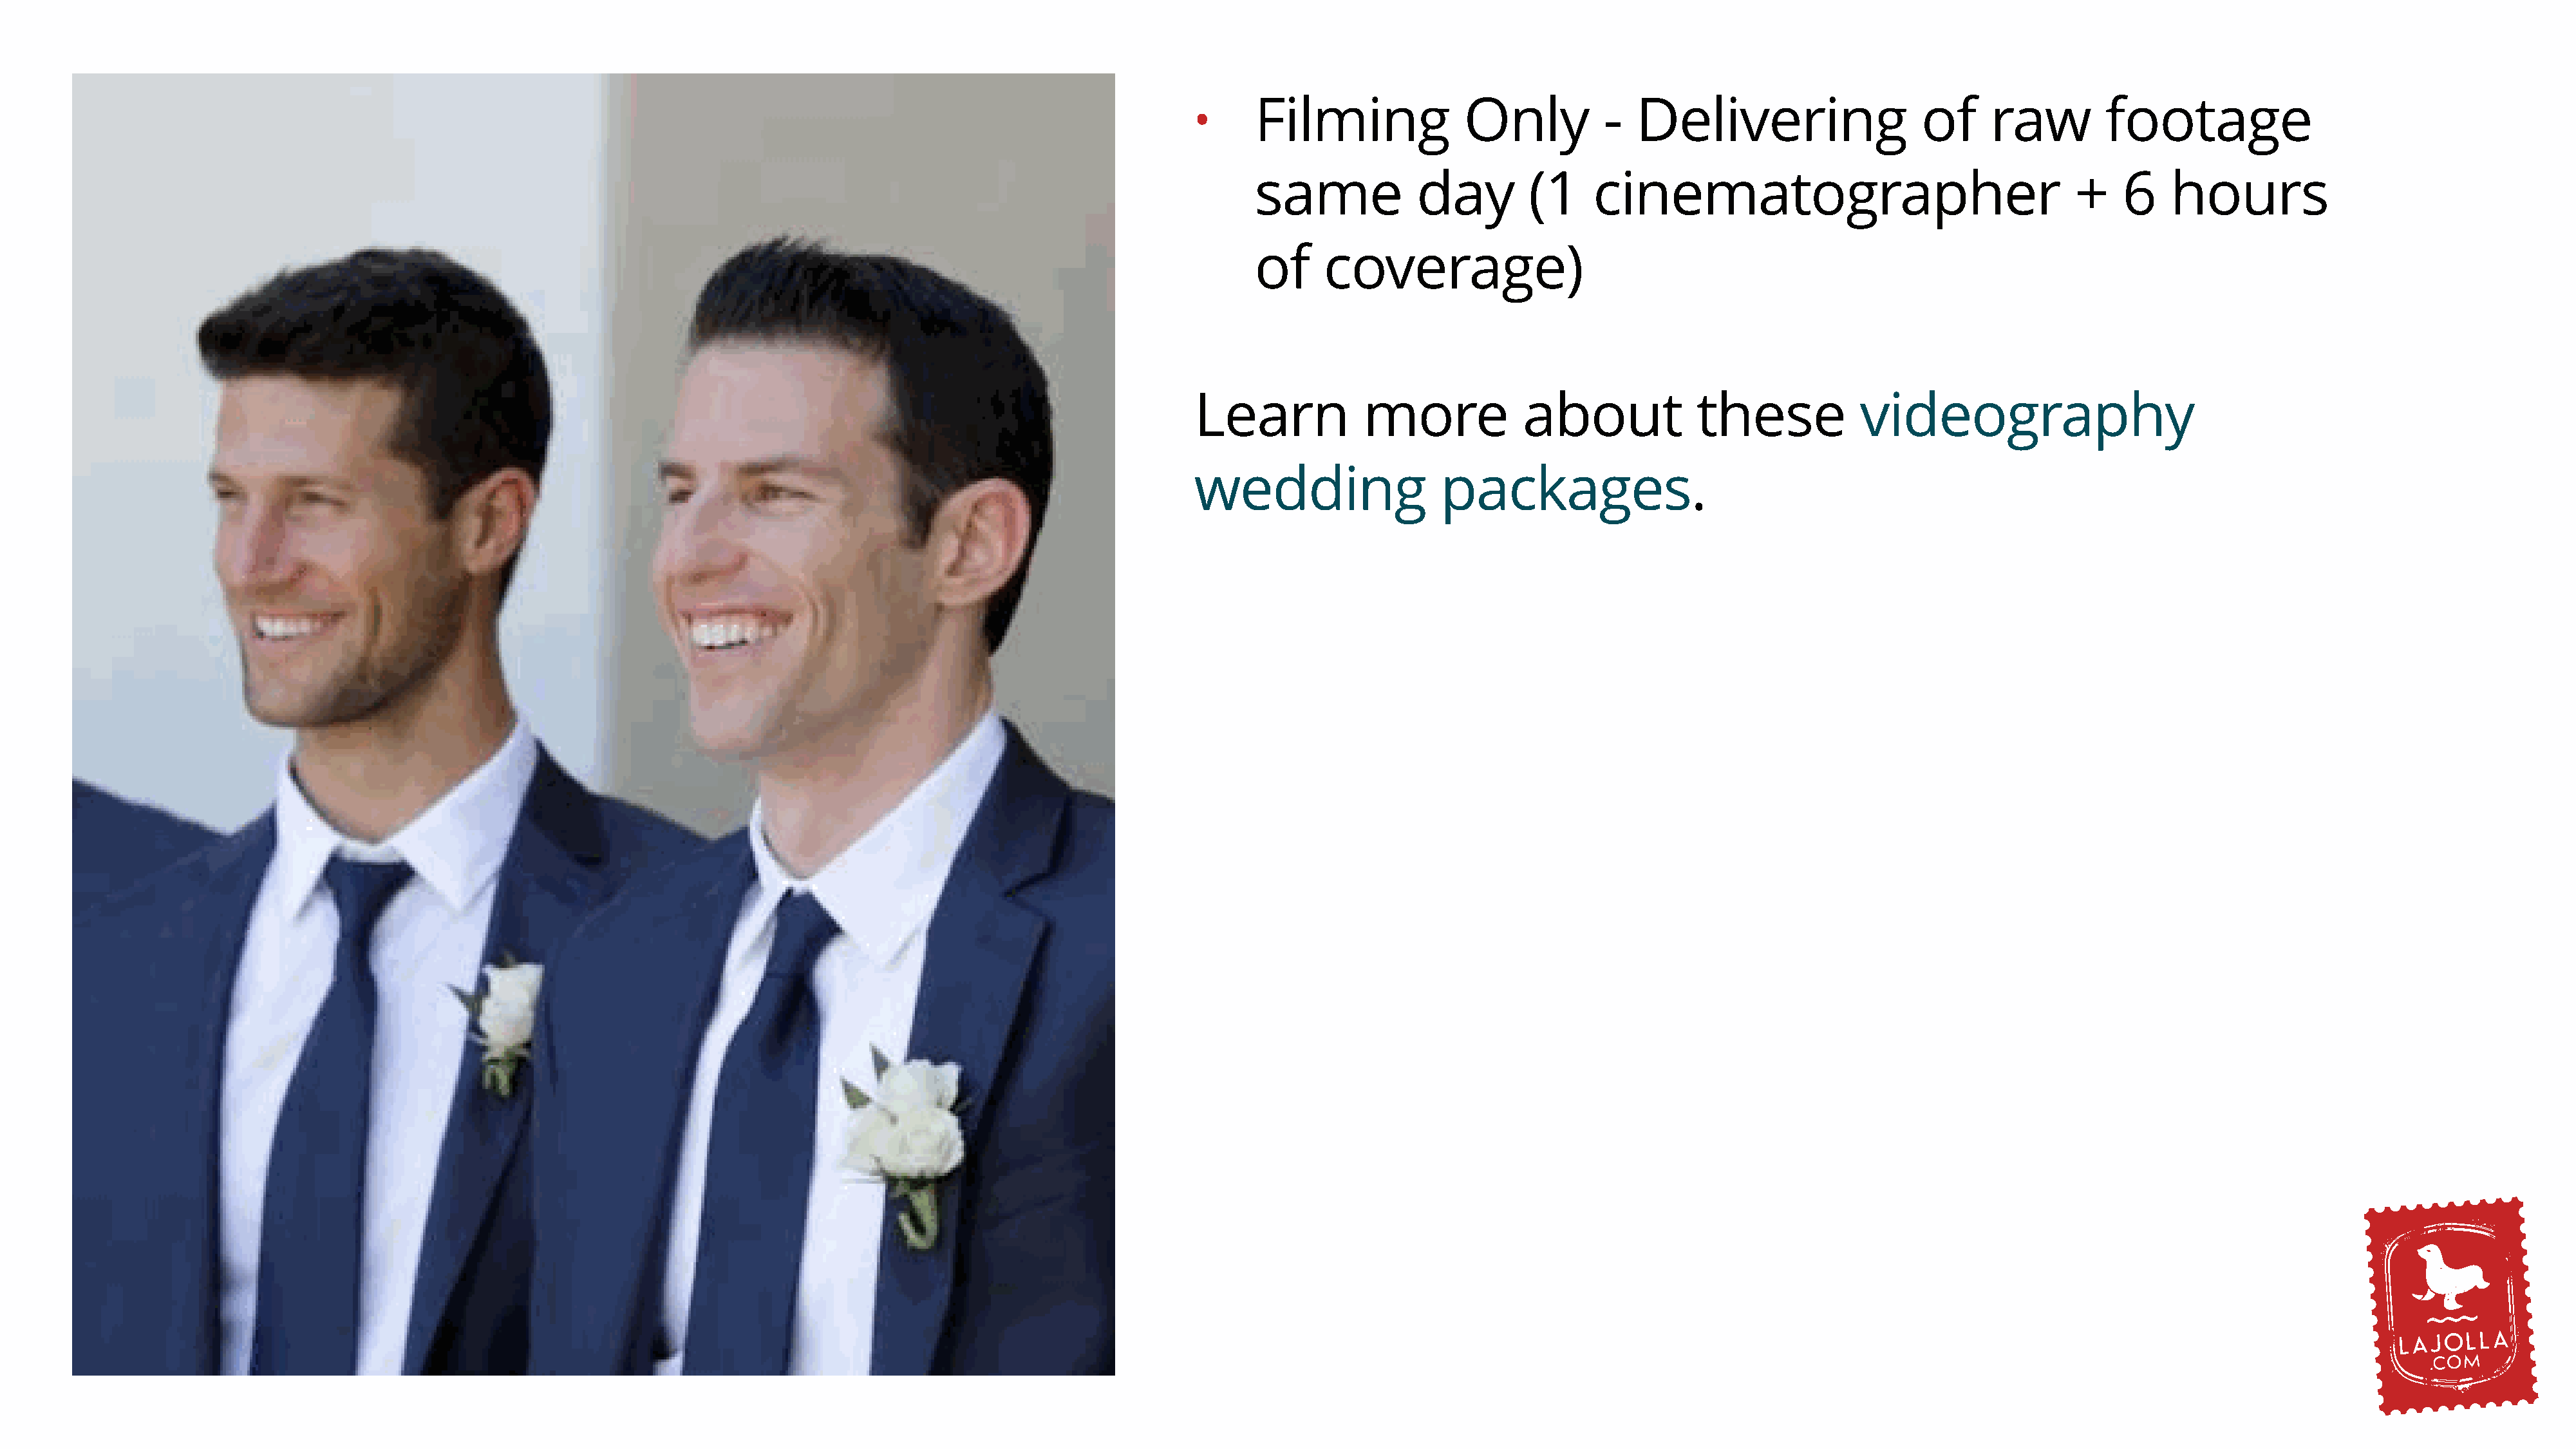
Filming              Only           -  Delivering                    of     raw        footage
 •
 same             day        (1     cinematographer                                  +    6    hours
 of     coverage)
 Learn            more             about            these            videography
 wedding                  packages.